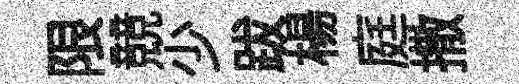
限競少跋楊庭撒